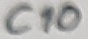
Text: C10